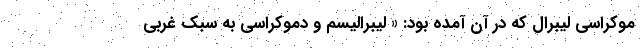
موکراسی لیبرال که در آن آمده بود: « ليبراليسم و دموكراسي به سبك غربی